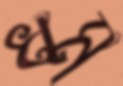
ধম